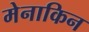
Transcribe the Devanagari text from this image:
मेनाकिन